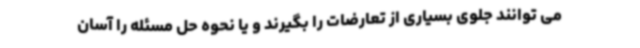
می توانند جلوی بسیاری از تعارضات را بگیرند و یا نحوه حل مسئله را آسان